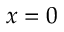
x = 0